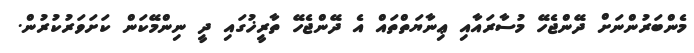
މެންބަރުންނަށް ދޭންޖެހޭ މުސާރައާއި ޢިނާޔަތްތައް އެ ދޭންޖެހޭ ތާރީޚުގައި ދީ ނިންމޭކަން ކަށަވަރުކުރުން.